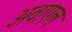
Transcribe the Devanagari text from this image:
अवाएल